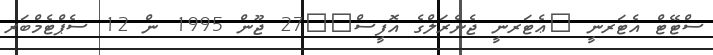
ސްޓޭޓް އެޓަރނީ 	ޢެޓަރނީ ޖެނެރަލްގެ އޮފީސް		27 ޖޫން 1995 ން 12 ސެޕްޓެމްބަރ